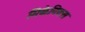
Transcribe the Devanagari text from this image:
मिकेनिक्स